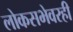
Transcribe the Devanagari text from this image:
लोकसभेवरही